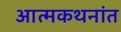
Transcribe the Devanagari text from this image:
आत्मकथनांत